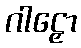
ဂါဠှော